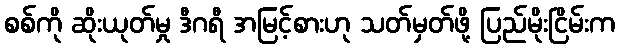
စစ်ကို ဆိုးယုတ်မှု ဒီဂရီ အမြင့်စားဟု သတ်မှတ်ဖို့ ပြည်မိုးငြိမ်းက